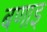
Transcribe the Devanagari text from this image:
बणाइ